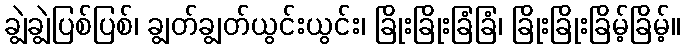
ချွဲချွဲပြစ်ပြစ်၊ ချွတ်ချွတ်ယွင်းယွင်း၊ ခြိုးခြိုးခြံခြံ၊ ခြိုးခြိုးခြိမ့်ခြိမ့်။